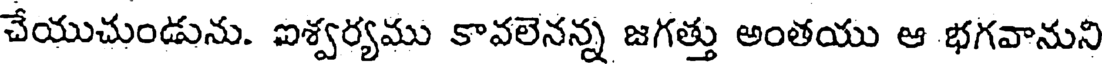
చేయుచుండును. ఐశ్వర్యము కావలెనన్న జగత్తు అంతయు ఆ భగవానుని